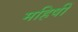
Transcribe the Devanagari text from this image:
महिषीं